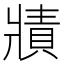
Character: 𤖓